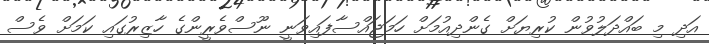
އަދި މި ބައްދަލުވުން ކުރިޔަށް ގެންދިއުމަށް ހަމަޖައްސާފައިވަނީ ނޫސްވެރީންގެ ހާޒިރުގައި ކަމަށް ވެސް